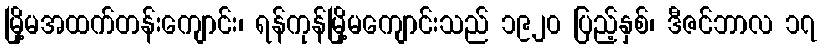
မြို့မအထက်တန်းကျောင်း၊ ရန်ကုန်မြို့မကျောင်းသည် ၁၉၂၀ ပြည့်နှစ်၊ ဒီဇင်ဘာလ ၁၇